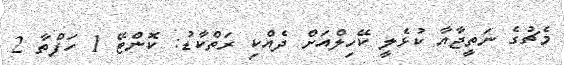
މެޗުގެ ނަތީޖާއާ ކުޅެލީ ކޭހިލްއަށް ދެއްކި ރަތްކާޑު: ކޮންޓޭ 1 ހަފްތާ 2